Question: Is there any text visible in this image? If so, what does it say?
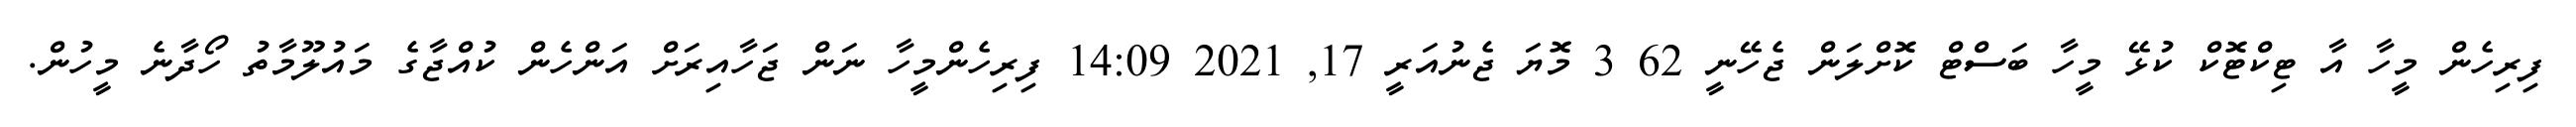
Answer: ފިރިހެން މީހާ އާ ޓިކްޓޮކް ކުޅޭ މީހާ ބަސްޓް ކޮށްލަން ޖެހޭނީ 62 3 މޮޔަ ޖެނުއަރީ 17, 2021 14:09 ފިރިހެންމީހާ ނަން ޖަހާއިރަށް އަންހެން ކުއްޖާގެ މައުލޫމާތު ހޯދާނެ މީހުން.